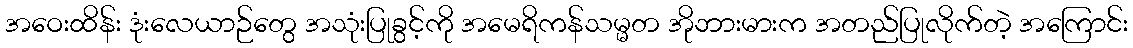
အဝေးထိန်း ဒုံးလေယာဉ်တွေ အသုံးပြုခွင့်ကို အမေရိကန်သမ္မတ အိုဘားမားက အတည်ပြုလိုက်တဲ့ အကြောင်း